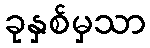
ခုနှစ်မှသာ